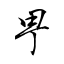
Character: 甼